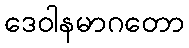
ဒေဝါနမာဂတော